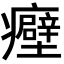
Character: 𬐀